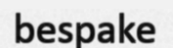
bespake